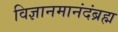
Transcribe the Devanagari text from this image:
विज्ञानमानंदंब्रह्म